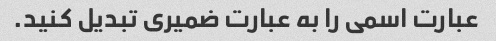
عبارت اسمی را به عبارت ضمیری تبدیل کنید.